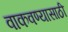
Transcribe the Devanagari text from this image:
वाकवण्यासाठी